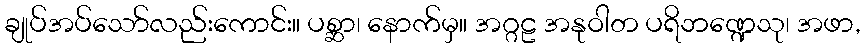
ချုပ်အပ်သော်လည်းကောင်း။ ပစ္ဆာ၊ နောက်မှ။ အဂ္ဂဠ အနုဝါတ ပရိဘဏ္ဍေသု၊ အဖာ,